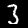
Label: 3